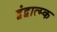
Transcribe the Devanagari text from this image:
द्वंद्वात्म्क